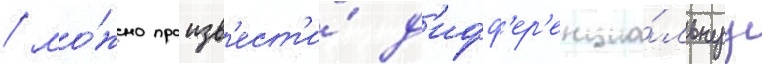
/ мо́жно произв'ест'и́ д'ифф'ер'енциа́льнуу